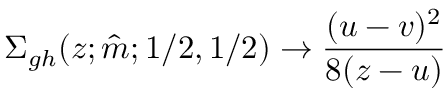
\Sigma _ { g h } ( z ; \hat { m } ; 1 / 2 , 1 / 2 ) \to \frac { ( u - v ) ^ { 2 } } { 8 ( z - u ) }